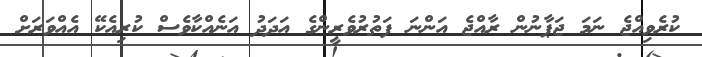
ކުރެވިއްޖެ ނަމަ ޖަޕާނުން ރާއްޖެ އަންނަ ފަތުރުވެރީންގެ އަދަދު އަނެއްކާވެސް ކުރިއެކޭ އެއްވަރަށް